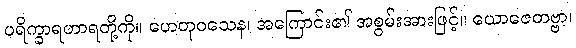
ပရိက္ခာရဟာရတို့ကို။ ဟေတုဝသေန၊ အကြောင်း၏ အစွမ်းအားဖြင့်။ ယောဇေတဗ္ဗာ၊